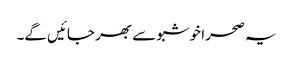
یہ صحرا خوشبو سے بھر جائیں گے۔